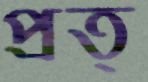
প্রত্